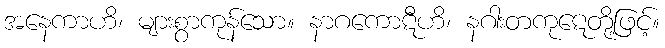
အနေကာဟိ၊ များစွာကုန်သော။ နာဂကောဋီဟိ၊ နဂါးတကုဋေတို့ဖြင့်။